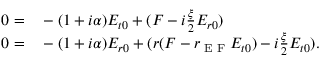
\begin{array} { r l } { 0 = } & { { } - ( 1 + i \alpha ) E _ { t 0 } + ( F - i \frac { \xi } { 2 } E _ { r 0 } ) } \\ { 0 = } & { { } - ( 1 + i \alpha ) E _ { r 0 } + ( r ( F - r _ { \textrm { E F } } E _ { t 0 } ) - i \frac { \xi } { 2 } E _ { t 0 } ) . } \end{array}